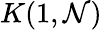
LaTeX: K(1,{\mathcal{N}})